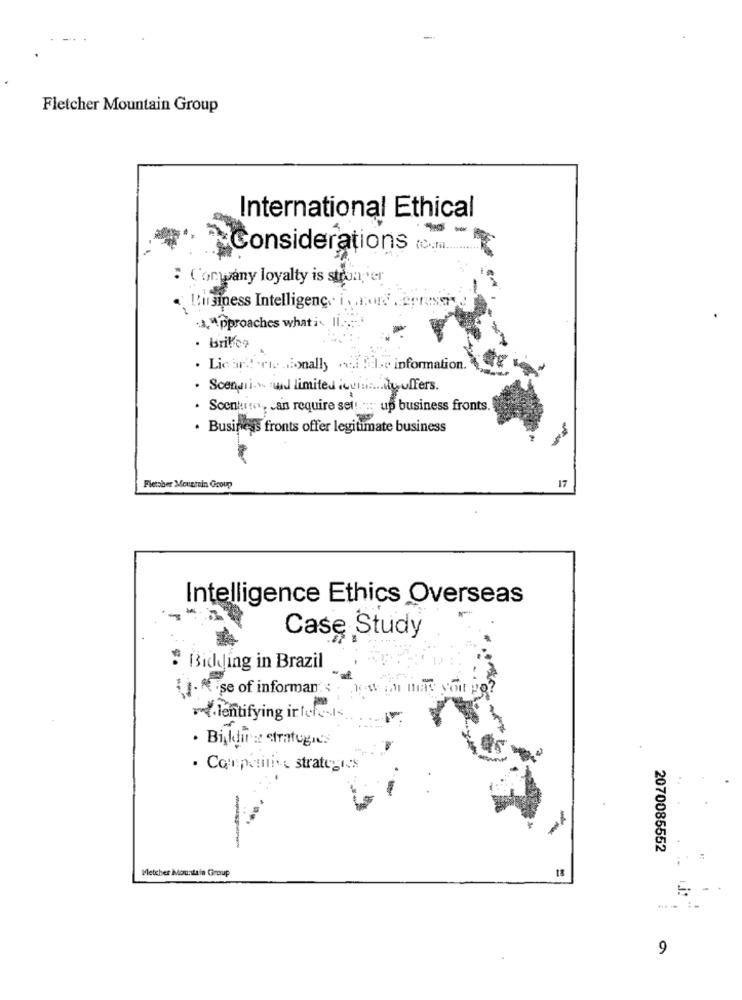
Fletcher Mountain Group
International Ethical
Considerations (C.
: Company loyalty is stron;'er
. Bisiness Intelligence in orderreses
approaches whati li ...
. brilfco
. Licar' !! . ris ionally .i . I.c information.
. Scenario und limited icune bouffers.
· Scenkurs, can require sel! : up business fronts.
· Business fronts offer legitimate business
er
17
Fletcher Mountain Group
Intelligence Ethics Overseas
Case Study
# Bidding in Brazil
1. Rise of informants new in may
milentifying interests
. Bilding strategies
· Competitive strategies
2070085552
Metcher Mountain Group
9